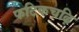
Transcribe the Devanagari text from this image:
फटिकचढ़ि